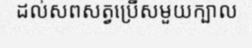
ដល់សពសត្វប្រើសមួយក្បាល